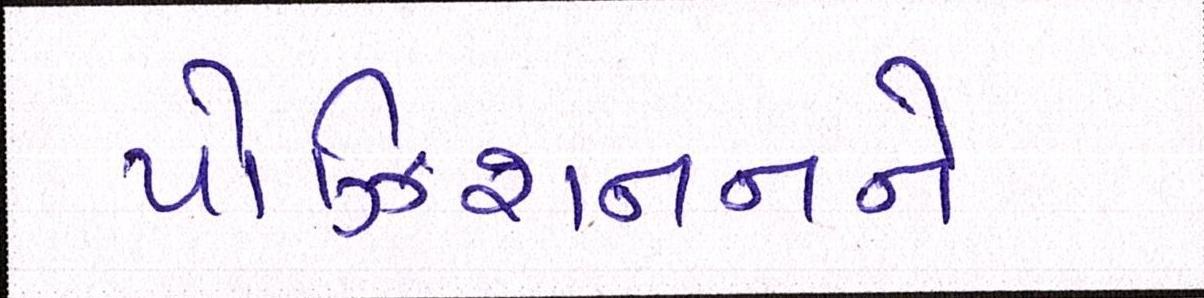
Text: પોઝિશનનને